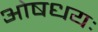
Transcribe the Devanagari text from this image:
ओषधयः